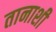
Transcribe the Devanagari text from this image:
तानाशी